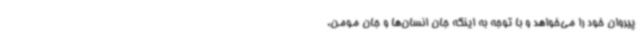
پیروان خود را می‌خواهد و با توجه به اینکه جان انسان‌ها و جان مومن،